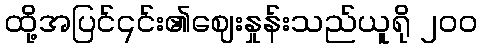
ထို့အပြင်၎င်း၏ဈေးနှုန်းသည်ယူရို ၂၀၀